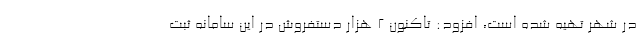
در شهر تهیه شده است، افزود: تاکنون ۲ هزار دستفروش در این سامانه ثبت